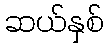
ဆယ်နှစ်